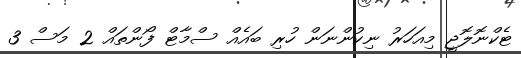
ޓެކްނޮލޮޖީ މިއަހަރު ނިކުންނަން ހުރި ބައެއް ސްމާޓް ފޯންތައް 2 މަސް 3